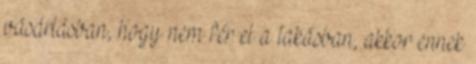
vásárlásban, hogy nem fér el a lakásban, akkor ennek